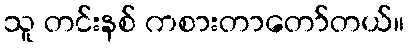
သူ တင်းနစ် ကစားတာတော်တယ်။